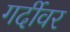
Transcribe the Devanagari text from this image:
गर्दीवर